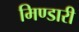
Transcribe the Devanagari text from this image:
मिण्डारी